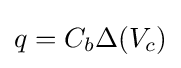
q=C_{b}\Delta (V_{c})